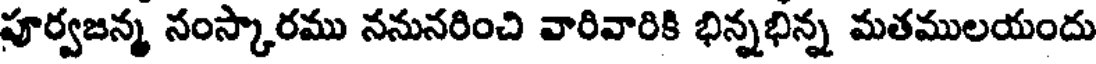
పూర్వజన్మ నంస్కారము ననునరించి వారివారికి భిన్నభిన్న మతములయందు